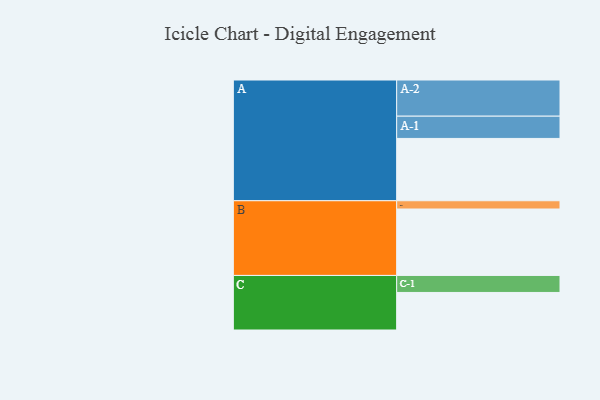
{"axis": {"x": "Segment", "y": "Value"}, "legend": ["", "A", "B", "C"], "data": [{"x": "A", "y": 498, "type": ""}, {"x": "B", "y": 531, "type": ""}, {"x": "C", "y": 300, "type": ""}, {"x": "A-1", "y": 178, "type": "A"}, {"x": "A-2", "y": 289, "type": "A"}, {"x": "B-1", "y": 66, "type": "B"}, {"x": "C-1", "y": 136, "type": "C"}]}